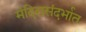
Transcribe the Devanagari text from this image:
मंदिरासंदर्भात